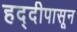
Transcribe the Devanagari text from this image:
हद्दीपासून